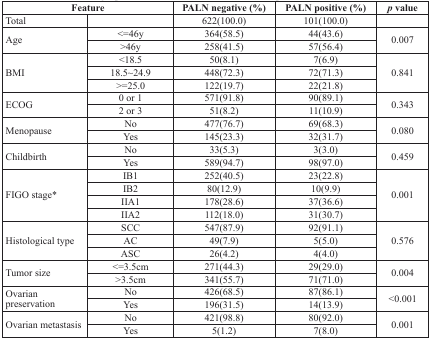
<table><thead><tr><td colspan="2"><b>Feature</b></td><td><b>PALN negative (%)</b></td><td><b>PALN positive (%)</b></td><td><b><i>p</i> value</b></td></tr></thead><tbody><tr><td>Total</td><td></td><td>622(100.0)</td><td>101(100.0)</td><td></td></tr><tr><td rowspan="2">Age</td><td>&lt;=46y</td><td>364(58.5)</td><td>44(43.6)</td><td rowspan="2">0.007</td></tr><tr><td>&gt;46y</td><td>258(41.5)</td><td>57(56.4)</td></tr><tr><td rowspan="3">BMI</td><td>&lt;18.5</td><td>50(8.1)</td><td>7(6.9)</td><td rowspan="3">0.841</td></tr><tr><td>18.5~24.9</td><td>448(72.3)</td><td>72(71.3)</td></tr><tr><td>&gt;=25.0</td><td>122(19.7)</td><td>22(21.8)</td></tr><tr><td rowspan="2">ECOG</td><td>0 or 1</td><td>571(91.8)</td><td>90(89.1)</td><td rowspan="2">0.343</td></tr><tr><td>2 or 3</td><td>51(8.2)</td><td>11(10.9)</td></tr><tr><td rowspan="2">Menopause</td><td>No</td><td>477(76.7)</td><td>69(68.3)</td><td rowspan="2">0.080</td></tr><tr><td>Yes</td><td>145(23.3)</td><td>32(31.7)</td></tr><tr><td rowspan="2">Childbirth</td><td>No</td><td>33(5.3)</td><td>3(3.0)</td><td rowspan="2">0.459</td></tr><tr><td>Yes</td><td>589(94.7)</td><td>98(97.0)</td></tr><tr><td rowspan="4">FIGO stage*</td><td>IB1</td><td>252(40.5)</td><td>23(22.8)</td><td rowspan="4">0.001</td></tr><tr><td>IB2</td><td>80(12.9)</td><td>10(9.9)</td></tr><tr><td>IIA1</td><td>178(28.6)</td><td>37(36.6)</td></tr><tr><td>IIA2</td><td>112(18.0)</td><td>31(30.7)</td></tr><tr><td rowspan="3">Histological type</td><td>SCC</td><td>547(87.9)</td><td>92(91.1)</td><td rowspan="3">0.576</td></tr><tr><td>AC</td><td>49(7.9)</td><td>5(5.0)</td></tr><tr><td>ASC</td><td>26(4.2)</td><td>4(4.0)</td></tr><tr><td rowspan="2">Tumor size</td><td>&lt;=3.5cm</td><td>271(44.3)</td><td>29(29.0)</td><td rowspan="2">0.004</td></tr><tr><td>&gt;3.5cm</td><td>341(55.7)</td><td>71(71.0)</td></tr><tr><td rowspan="2">Ovarian preservation</td><td>No</td><td>426(68.5)</td><td>87(86.1)</td><td rowspan="2">&lt;0.001</td></tr><tr><td>Yes</td><td>196(31.5)</td><td>14(13.9)</td></tr><tr><td rowspan="2">Ovarian metastasis</td><td>No</td><td>421(98.8)</td><td>80(92.0)</td><td rowspan="2">0.001</td></tr><tr><td>Yes</td><td>5(1.2)</td><td>7(8.0)</td></tr></tbody></table>